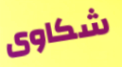
شكاوى